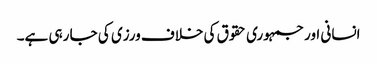
انسانی اور جمہوری حقوق کی خلاف ورزی کی جا رہی ہے۔